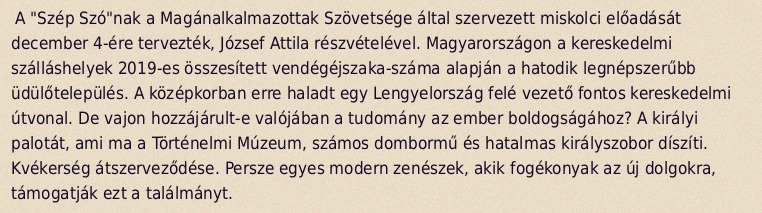
A "Szép Szó"nak a Magánalkalmazottak Szövetsége által szervezett miskolci előadását december 4-ére tervezték, József Attila részvételével. Magyarországon a kereskedelmi szálláshelyek 2019-es összesített vendégéjszaka-száma alapján a hatodik legnépszerűbb üdülőtelepülés. A középkorban erre haladt egy Lengyelország felé vezető fontos kereskedelmi útvonal. De vajon hozzájárult-e valójában a tudomány az ember boldogságához? A királyi palotát, ami ma a Történelmi Múzeum, számos dombormű és hatalmas királyszobor díszíti. Kvékerség átszerveződése. Persze egyes modern zenészek, akik fogékonyak az új dolgokra, támogatják ezt a találmányt.